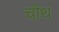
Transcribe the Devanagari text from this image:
चौथं